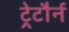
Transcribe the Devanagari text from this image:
ट्रेटौर्न